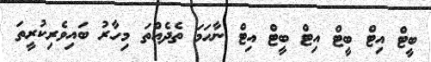
ބީޓް އިޓް ބީޓް އިޓް ބީޓް އިޓް ނާހަމަ ތެދެއްތަ މިހާރު ބައިވެރިކުރީތަ